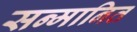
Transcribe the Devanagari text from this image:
सन्‍मानित